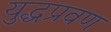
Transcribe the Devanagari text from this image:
युद्धप्रवण